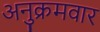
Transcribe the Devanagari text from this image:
अनुक्रमवार